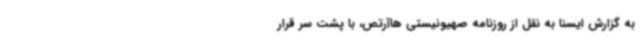
به گزارش ایسنا به نقل از روزنامه صهیونیستی هاآرتص، با پشت سر قرار